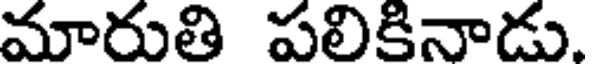
మారుతి పలికినాడు.